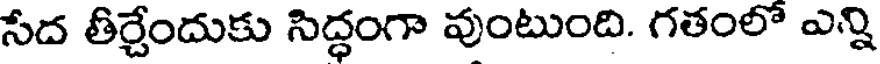
సేద తీర్చేందుకు సిద్ధంగా వుంటుంది. గతంలో ఎన్ని